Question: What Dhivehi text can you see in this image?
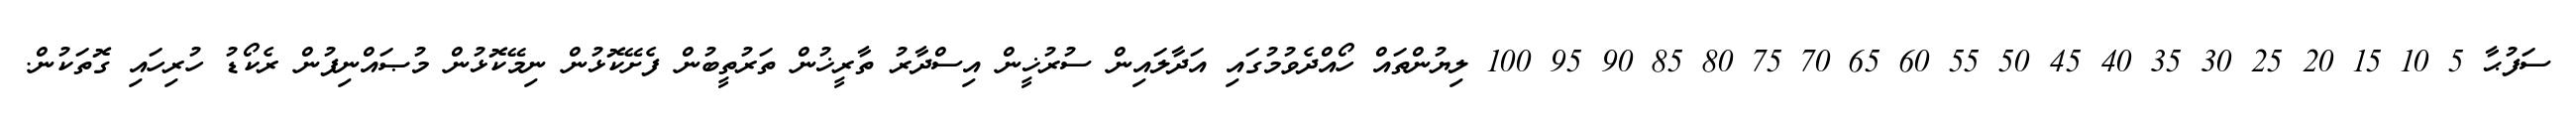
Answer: ސަފުޙާ 5 10 15 20 25 30 35 40 45 50 55 60 65 70 75 80 85 90 95 100 ލިޔުންތައް ހޯއްދެވުމުގައި އަދާލައިން ސުރުޚީން އިސްދާރު ތާރީޚުން ތަރުތީބުން ފެށޭކޮޅުން ނިމޭކޮޅުން މުޞައްނިފުން ރެކޯޑު ހުރިހައި ގޮތަކުން.